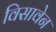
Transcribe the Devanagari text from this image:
विसावेन